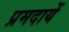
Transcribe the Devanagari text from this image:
प्रमदायें